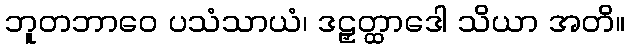
ဘူတဘာဝေ ပသံသာယံ၊ ဒဠှတ္ထာဒေါ သိယာ အတိ။